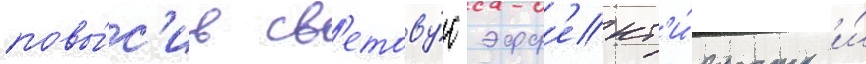
повы́с'ив св'етову́ю эфф'ект'и́вность и́